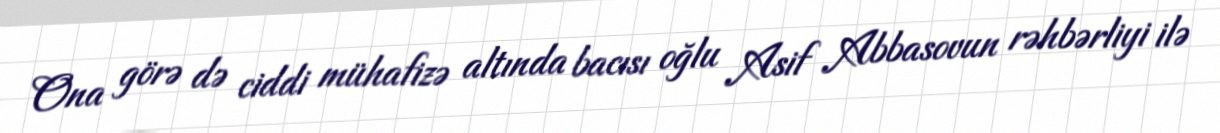
Ona görə də ciddi mühafizə altında bacısı oğlu Asif Abbasovun rəhbərliyi ilə